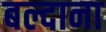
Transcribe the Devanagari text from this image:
बल्दाना